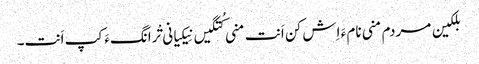
بلکین مردم منی نام ءَ اِش کن اَنت منی کُتگیں نِیکیانی تْرانگءَ کپ اَنت۔